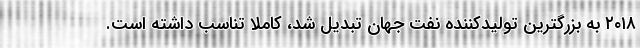
۲۰۱۸ به بزرگترین تولیدکننده نفت جهان تبدیل شد، کاملا تناسب داشته است.